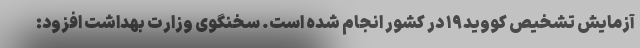
آزمایش تشخیص کووید۱۹ در کشور انجام شده است. سخنگوی وزارت بهداشت افزود: